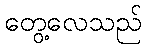
တွေ့လေသည်